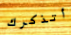
أتذكرك